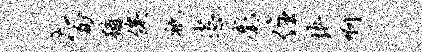
旨犹俟只恣毫住快啊